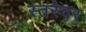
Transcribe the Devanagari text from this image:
स्तरेवर